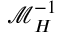
\boldsymbol { \mathcal { M } } _ { H } ^ { - 1 }